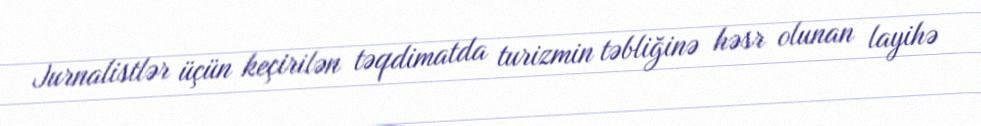
Jurnalistlər üçün keçirilən təqdimatda turizmin təbliğinə həsr olunan layihə